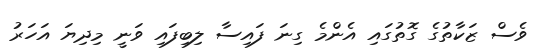
ވެސް ޒަކާތުގެ ގޮތުގައި އެންމެ ގިނަ ފައިސާ ލިބިފައި ވަނީ މިދިޔަ އަހަރު